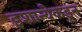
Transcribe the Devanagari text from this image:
इशान्येकडून